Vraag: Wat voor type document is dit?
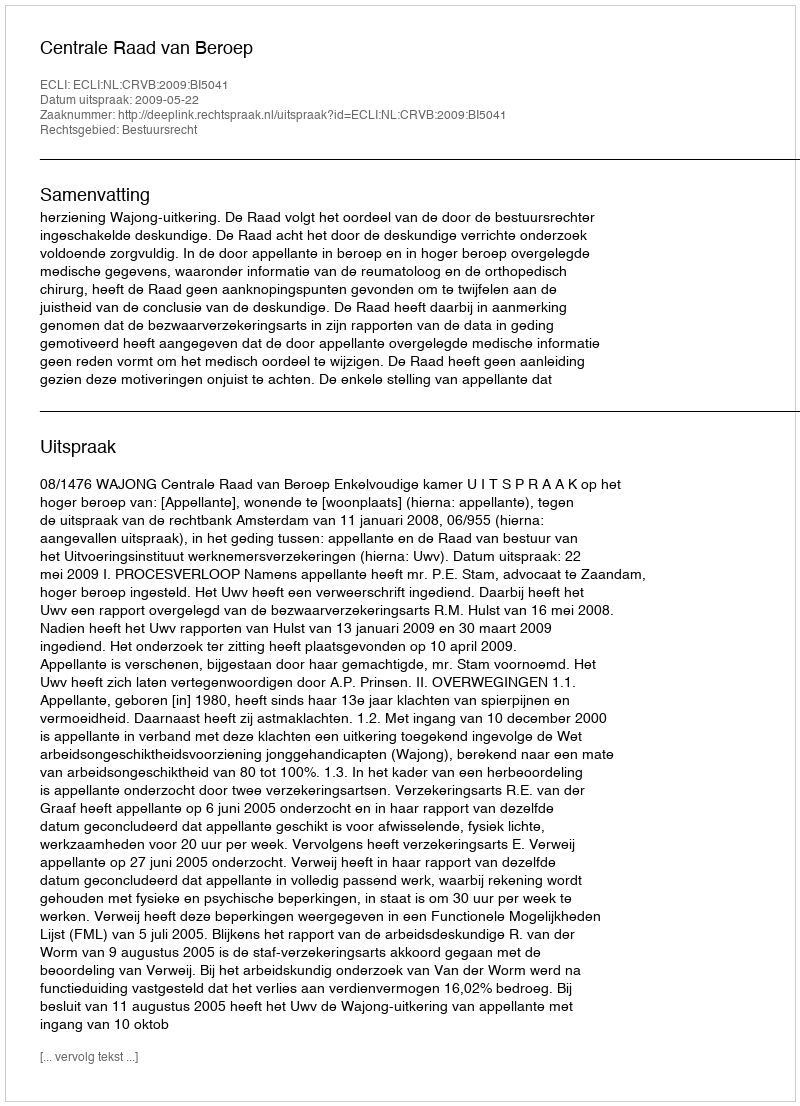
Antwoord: Uitspraak